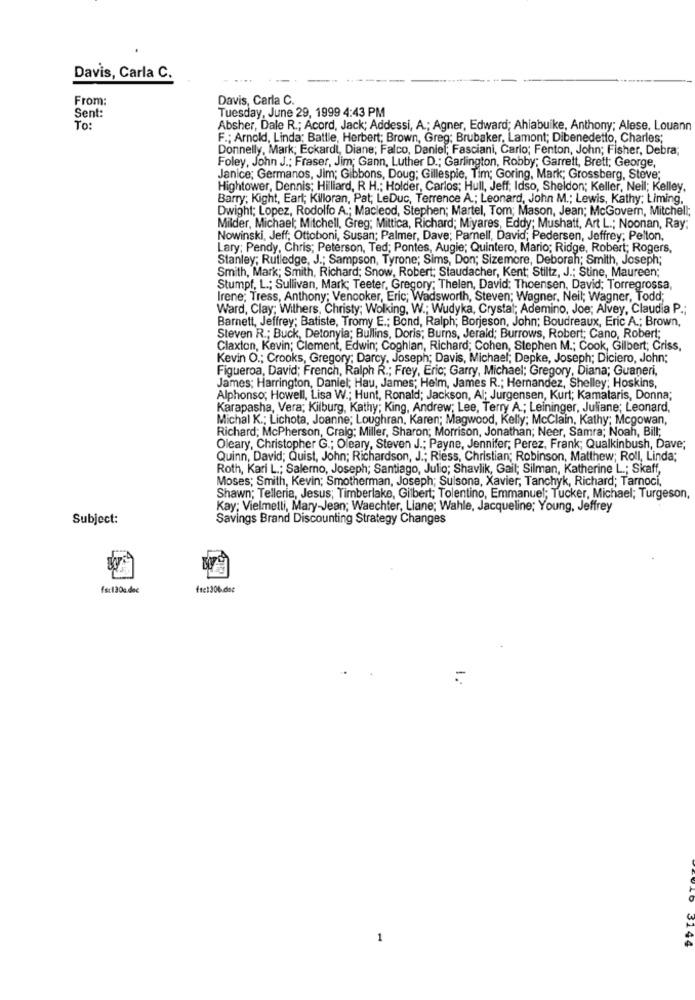
Davis, Carla C.
From:
Davis, Carla C.
Sent:
Tuesday, June 29, 1999 4:43 PM
To:
Absher, Dale R .; Acord, Jack; Addessi, A .; Agner, Edward; Ahiabuike, Anthony; Alese, Louann
F .; Arnold, Linda: Battle, Herbert; Brown, Greg; Brubaker, Lamont; Dibenedetto, Charles;
Donnelly, Mark; Eckardt, Diane; Falco, Daniel; Fasciani, Carlo; Fenton, John; Fisher, Debra;
Foley, John J .: Fraser, Jim; Gann, Luther D .; Garlington, Robby; Garrett, Brett; George,
Janice; Germanos, Jim; Gibbons, Doug; Gillespie, Tim; Goring, Mark; Grossberg, Steve;
Hightower, Dennis; Hilliard, R H .; Holder, Carlos; Hull, Jeff; Idso, Sheldon; Keller, Neil; Kelley,
Barry; Kight, Eart; Killoran, Pat; LeDuc, Terrence A .; Leonard, John M .; Lewis, Kathy; Liming,
Dwight; Lopez, Rodolfo A .; Macleod, Stephen; Martel, Tom; Mason, Jean; McGovern, Mitchell;
Milder, Michael; Mitchell, Greg; Mittica, Richard; Miyares, Eddy; Mushatt, Art L .; Noonan, Ray;
Nowinski, Jeff; Ottoboni, Susan; Palmer, Dave; Parnell, David; Pedersen, Jeffrey; Pelton,
Lary; Pendy, Chris; Peterson, Ted; Pontes, Augie; Quintero, Mario; Ridge, Robert; Rogers,
Stanley; Rutledge, J .; Sampson, Tyrone; Sims, Don; Sizemore, Deborah; Smith, Joseph;
Smith, Mark; Smith, Richard; Snow, Robert; Staudacher, Kent; Stiltz, J .; Stine, Maureen;
Stumpf, L .; Sullivan, Mark; Teeter, Gregory; Thelen, David; Thoensen, David; Torregrossa,
Irene; Tress, Anthony; Vencoker, Eric; Wadsworth, Steven; Wagner, Neil; Wagner, Todd;
Ward, Clay; Withers, Christy; Wolking, W .; Wudyka, Crystal; Ademino, Joe; Alvey, Claudia P .;
Barnett, Jeffrey; Batiste, Tromy E .; Bond, Ralph; Borjeson, John; Boudreaux, Eric A .; Brown,
Steven R .; Buck, Detonyia; Bullins, Doris; Burns, Jerald; Burrows, Robert; Cano, Robert;
Claxton, Kevin; Clement, Edwin; Coghlan, Richard; Cohen, Stephen M .; Cook, Gilbert; Criss,
Kevin O .; Crooks, Gregory; Darcy, Joseph; Davis, Michael, Depke, Joseph; Diciero, John;
Figueroa, David; French, Ralph R .; Frey, Eric; Garry, Michael; Gregory, Diana; Guaneri,
James; Harrington, Daniel; Hau, James; Helm, James R .; Hernandez, Shelley; Hoskins,
Alphonso; Howell, Lisa W .; Hunt, Ronald; Jackson, Al; Jurgensen, Kurt; Kamataris, Donna;
Karapasha, Vera; Kilburg, Kathy; King, Andrew; Lee, Terry A .; Leininger, Juliane; Leonard,
Michal K .; Lichota, Joanne; Loughran, Karen; Magwood, Kelly; McClain, Kathy; Mcgowan,
Richard; McPherson, Craig; Miller, Sharon; Morrison, Jonathan; Neer, Samra; Noah, Bill;
Oleary, Christopher G .; Oleary, Steven J .; Payne, Jennifer; Perez, Frank; Qualkinbush, Dave;
Quinn, David; Quist, John; Richardson, J .; Riess, Christian; Robinson, Matthew; Roll, Linda;
Roth, Kari L .; Salerno, Joseph; Santiago, Julio; Shavlik, Gail; Silman, Katherine L .; Skaff,
Moses; Smith, Kevin; Smotherman, Joseph; Sulsona, Xavier, Tanchyk, Richard; Tarnoci,
Shawn; Telleria, Jesus; Timberlake, Gilbert; Tolentino, Emmanuel; Tucker, Michael; Turgeson,
Kay; Vielmelli, Mary-Jean; Waechter, Liane; Wahle, Jacqueline; Young, Jeffrey
Subject:
Savings Brand Discounting Strategy Changes
fsc130a.doc
fsc:306.dec
=
3144